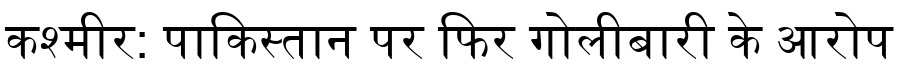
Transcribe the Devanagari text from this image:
कश्मीर: पाकिस्तान पर फिर गोलीबारी के आरोप